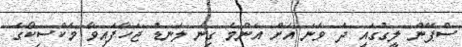
ސްޕޭން ލީގުގައި ދެ ވަނަ އަށް އެންމެ ގިނަ ލަނޑު ޖަހާފައިވާ މެކްސިކޯގެ